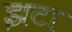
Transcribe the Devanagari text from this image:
झटा